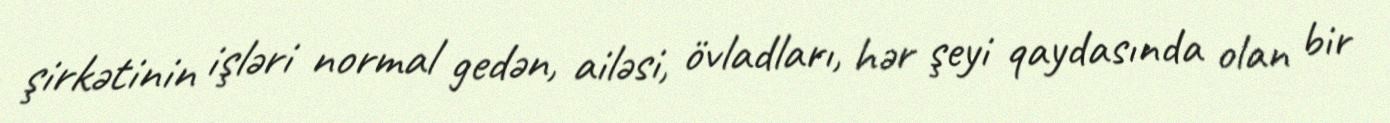
şirkətinin işləri normal gedən, ailəsi, övladları, hər şeyi qaydasında olan bir